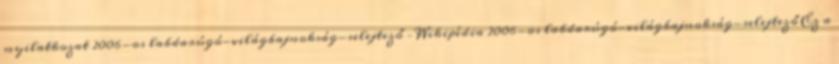
nyilatkozat 2006-os labdarúgó-világbajnokság-selejtező – Wikipédia 2006-os labdarúgó-világbajnokság-selejtező Ez a